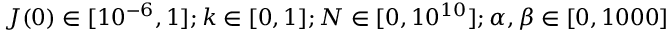
J ( 0 ) \in [ 1 0 ^ { - 6 } , 1 ] ; k \in [ 0 , 1 ] ; N \in [ 0 , 1 0 ^ { 1 0 } ] ; \alpha , \beta \in [ 0 , 1 0 0 0 ]